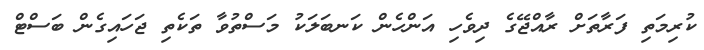
ކުރިމަތި ފަރާތަށް ރާއްޖޭގެ ދިވެހި އަންހެން ކަނބަލަކު މަސްތުވާ ތަކެތި ޖަހައިގެން ބަސްޓް